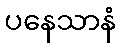
ပနေသာနံ